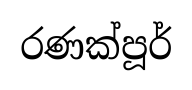
රණක්පූර්